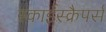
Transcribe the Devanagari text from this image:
स्काईस्क्रैपर्स